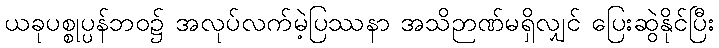
ယခုပစ္စုပ္ပန်ဘဝ၌ အလုပ်လက်မဲ့ပြဿနာ အသိဉာဏ်မရှိလျှင် ပြေးဆွဲနိုင်ပြီး